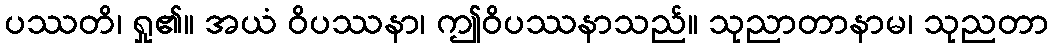
ပဿတိ၊ ရှု၏။ အယံ ဝိပဿနာ၊ ဤဝိပဿနာသည်။ သုညာတာနာမ၊ သုညတာ